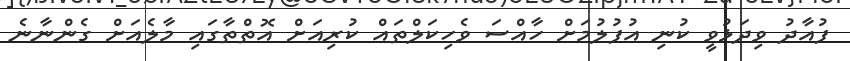
ފުއާދު ވިދަޅުވީ ކުނި އުފުލުމަށް ހާއްސަ ވެހިކަލްތައް ކުރިއަށް އޮތްތާގައި މާލެއަށް ގެންނާނެ